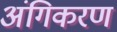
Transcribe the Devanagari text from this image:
अंगिकरण